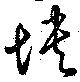
怏